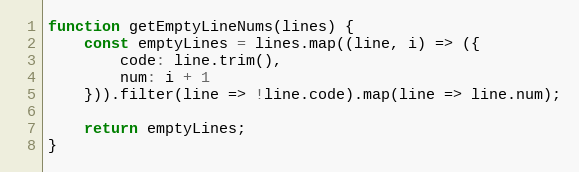
Language: JavaScript
function getEmptyLineNums(lines) {
    const emptyLines = lines.map((line, i) => ({
        code: line.trim(),
        num: i + 1
    })).filter(line => !line.code).map(line => line.num);

    return emptyLines;
}